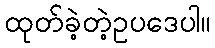
ထုတ်ခဲ့တဲ့ဥပဒေပါ။